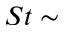
S t \sim